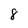
Character: 8